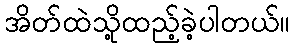
အိတ်ထဲသို့ထည့်ခဲ့ပါတယ်။